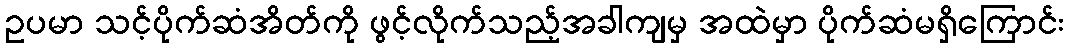
ဥပမာ သင့်ပိုက်ဆံအိတ်ကို ဖွင့်လိုက်သည့်အခါကျမှ အထဲမှာ ပိုက်ဆံမရှိကြောင်း